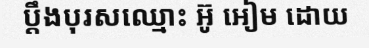
ប្តឹងបុរសឈ្មោះ អ៊ូ អៀម ដោយ